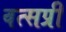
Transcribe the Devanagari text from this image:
वत्सप्री